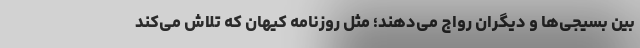
بین بسیجی‌ها و دیگران رواج می‌دهند؛ مثل روزنامه کیهان که تلاش می‌کند